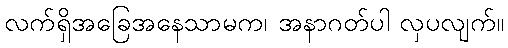
လက်ရှိအခြေအနေသာမက၊ အနာဂတ်ပါ လှပလျက်။